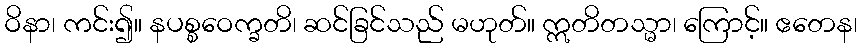
ဝိနာ၊ ကင်း၍။ နပစ္စဝေက္ခတိ၊ ဆင်ခြင်သည် မဟုတ်။ ဣတိတသ္မာ၊ ကြောင့်။ ဧတေန၊